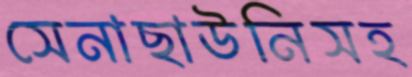
সেনাছাউনিসহ